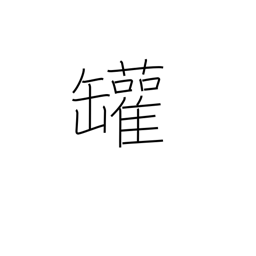
Meaning: steam boiler (left side only)